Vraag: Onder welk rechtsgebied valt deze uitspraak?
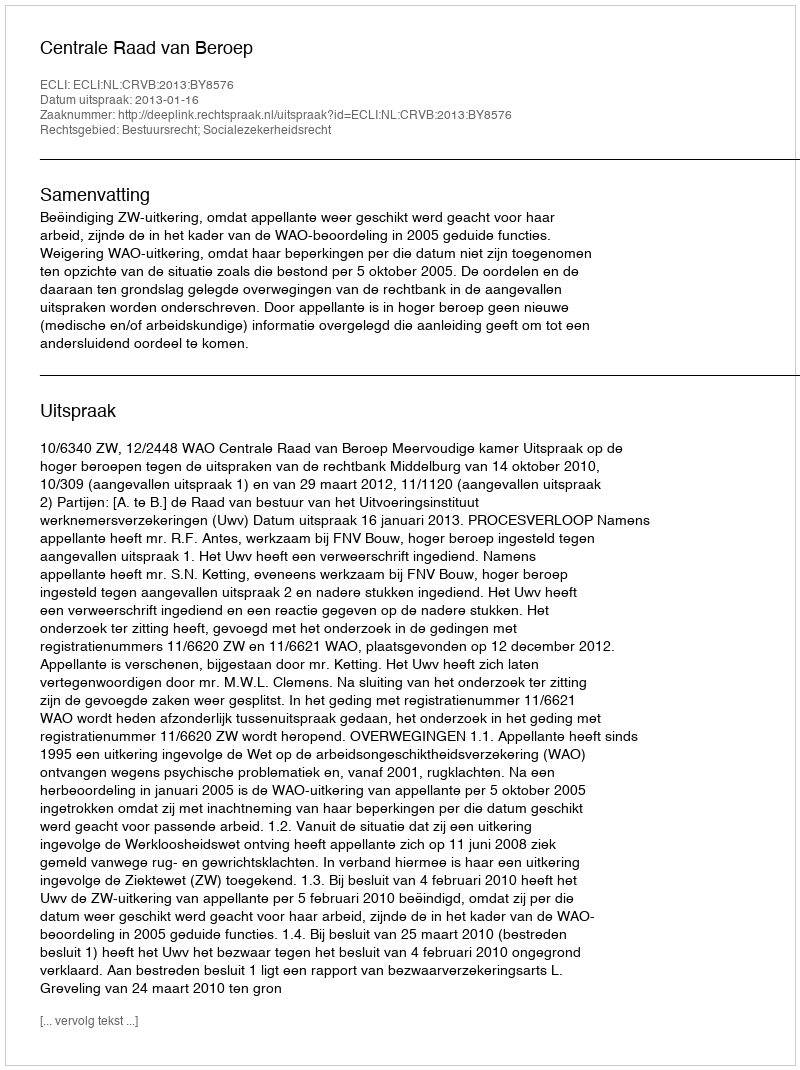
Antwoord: Bestuursrecht; Socialezekerheidsrecht